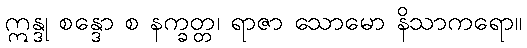
ဣန္ဒု စန္ဒော စ နက္ခတ္တ၊ ရာဇာ သောမော နိသာကရော။